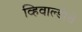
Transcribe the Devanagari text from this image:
व्हिवाल्डीचे